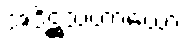
အဒိဋ္ဌသဟာယော